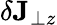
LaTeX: \delta\mathbf{J}_{\perp z}